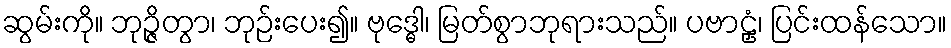
ဆွမ်းကို။ ဘုဉ္ဇိတွာ၊ ဘုဉ်းပေး၍။ ဗုဒ္ဓေါ၊ မြတ်စွာဘုရားသည်။ ပဗာဠှံ၊ ပြင်းထန်သော။